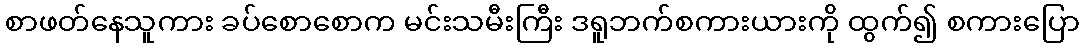
စာဖတ်နေသူကား ခပ်စောစောက မင်းသမီးကြီး ဒရူဘက်စကားယားကို ထွက်၍ စကားပြော